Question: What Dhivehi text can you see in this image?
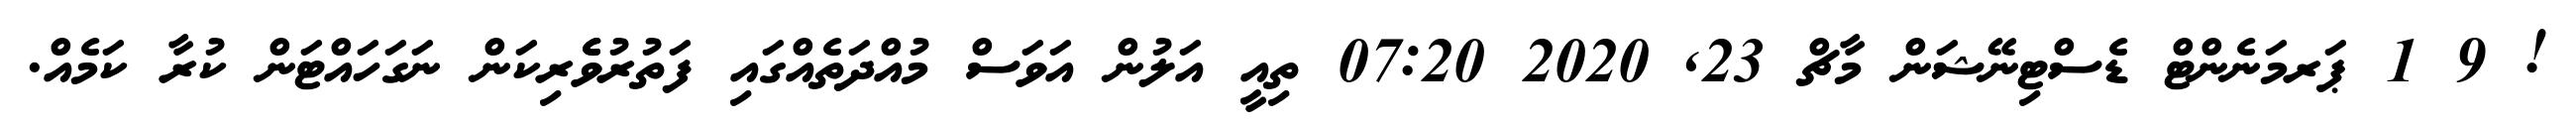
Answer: ! 9 1 ޕަރމަނެންޓް ޑެސްޓިނޭޝަން މާޗް 23, 2020 07:20 ތިއީ އަލުން އަވަސް މުއްދަތެއްގައި ފަތުރުވެެރިކަން ނަގަހައްޓަން ކުރާ ކަމެއް.